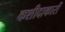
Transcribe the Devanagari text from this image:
कशीदाकारों